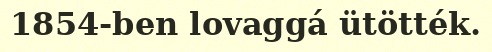
1854-ben lovaggá ütötték.